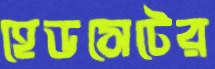
হেডসেটের